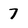
Character: 7